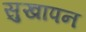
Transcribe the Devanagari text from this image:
सुखापन